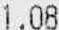
1.08